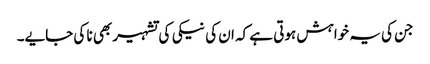
جن کی یہ خواہش ہوتی ہے کہ ان کی نیکی کی تشہیر بھی نا کی جایے۔